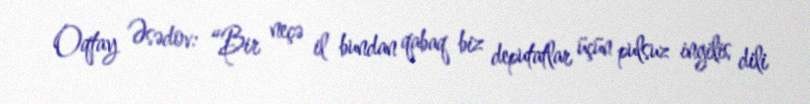
Oqtay Əsədov: “Bir neçə il bundan qabaq biz deputatlar üçün pulsuz ingilis dili